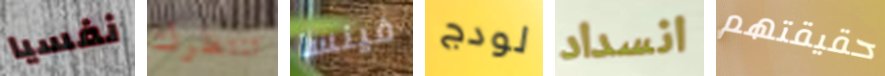
نفسيا تنتظرك فينسا لودج انسداد حقيقتهم